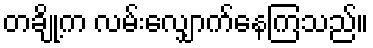
တချို့က လမ်းလျှောက်နေကြသည်။